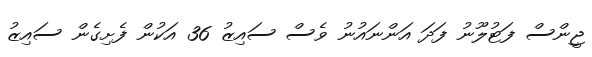
ޖީންސް ފަޓުލޫނު ފަދަ އަންނައުނު ވެސް ސައިޒު 36 އަކުން ފެށިގެން ސައިޒު